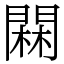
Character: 䦥